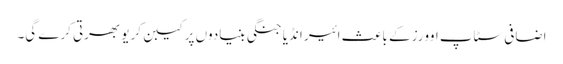
اضافی سٹاپ اوورز کے باعث ائیر انڈیا جنگی بنیادوں پر کیبن کریو بھرتی کرے گی۔